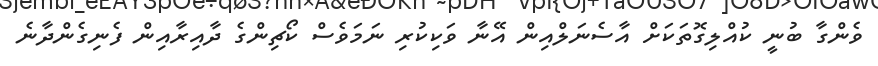
ވެންގާ ބުނީ ކުއްލިގޮތަކަށް އާސެނަލްއިން އޭނާ ވަކިކުރި ނަމަވެސް ކޯޗިންގެ ދާއިރާއިން ފެނިގެންދާނެ